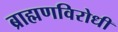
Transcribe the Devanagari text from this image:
ब्राह्मणविरोधी